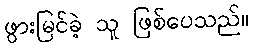
ဖွားမြင်ခဲ့ သူ ဖြစ်ပေသည်။